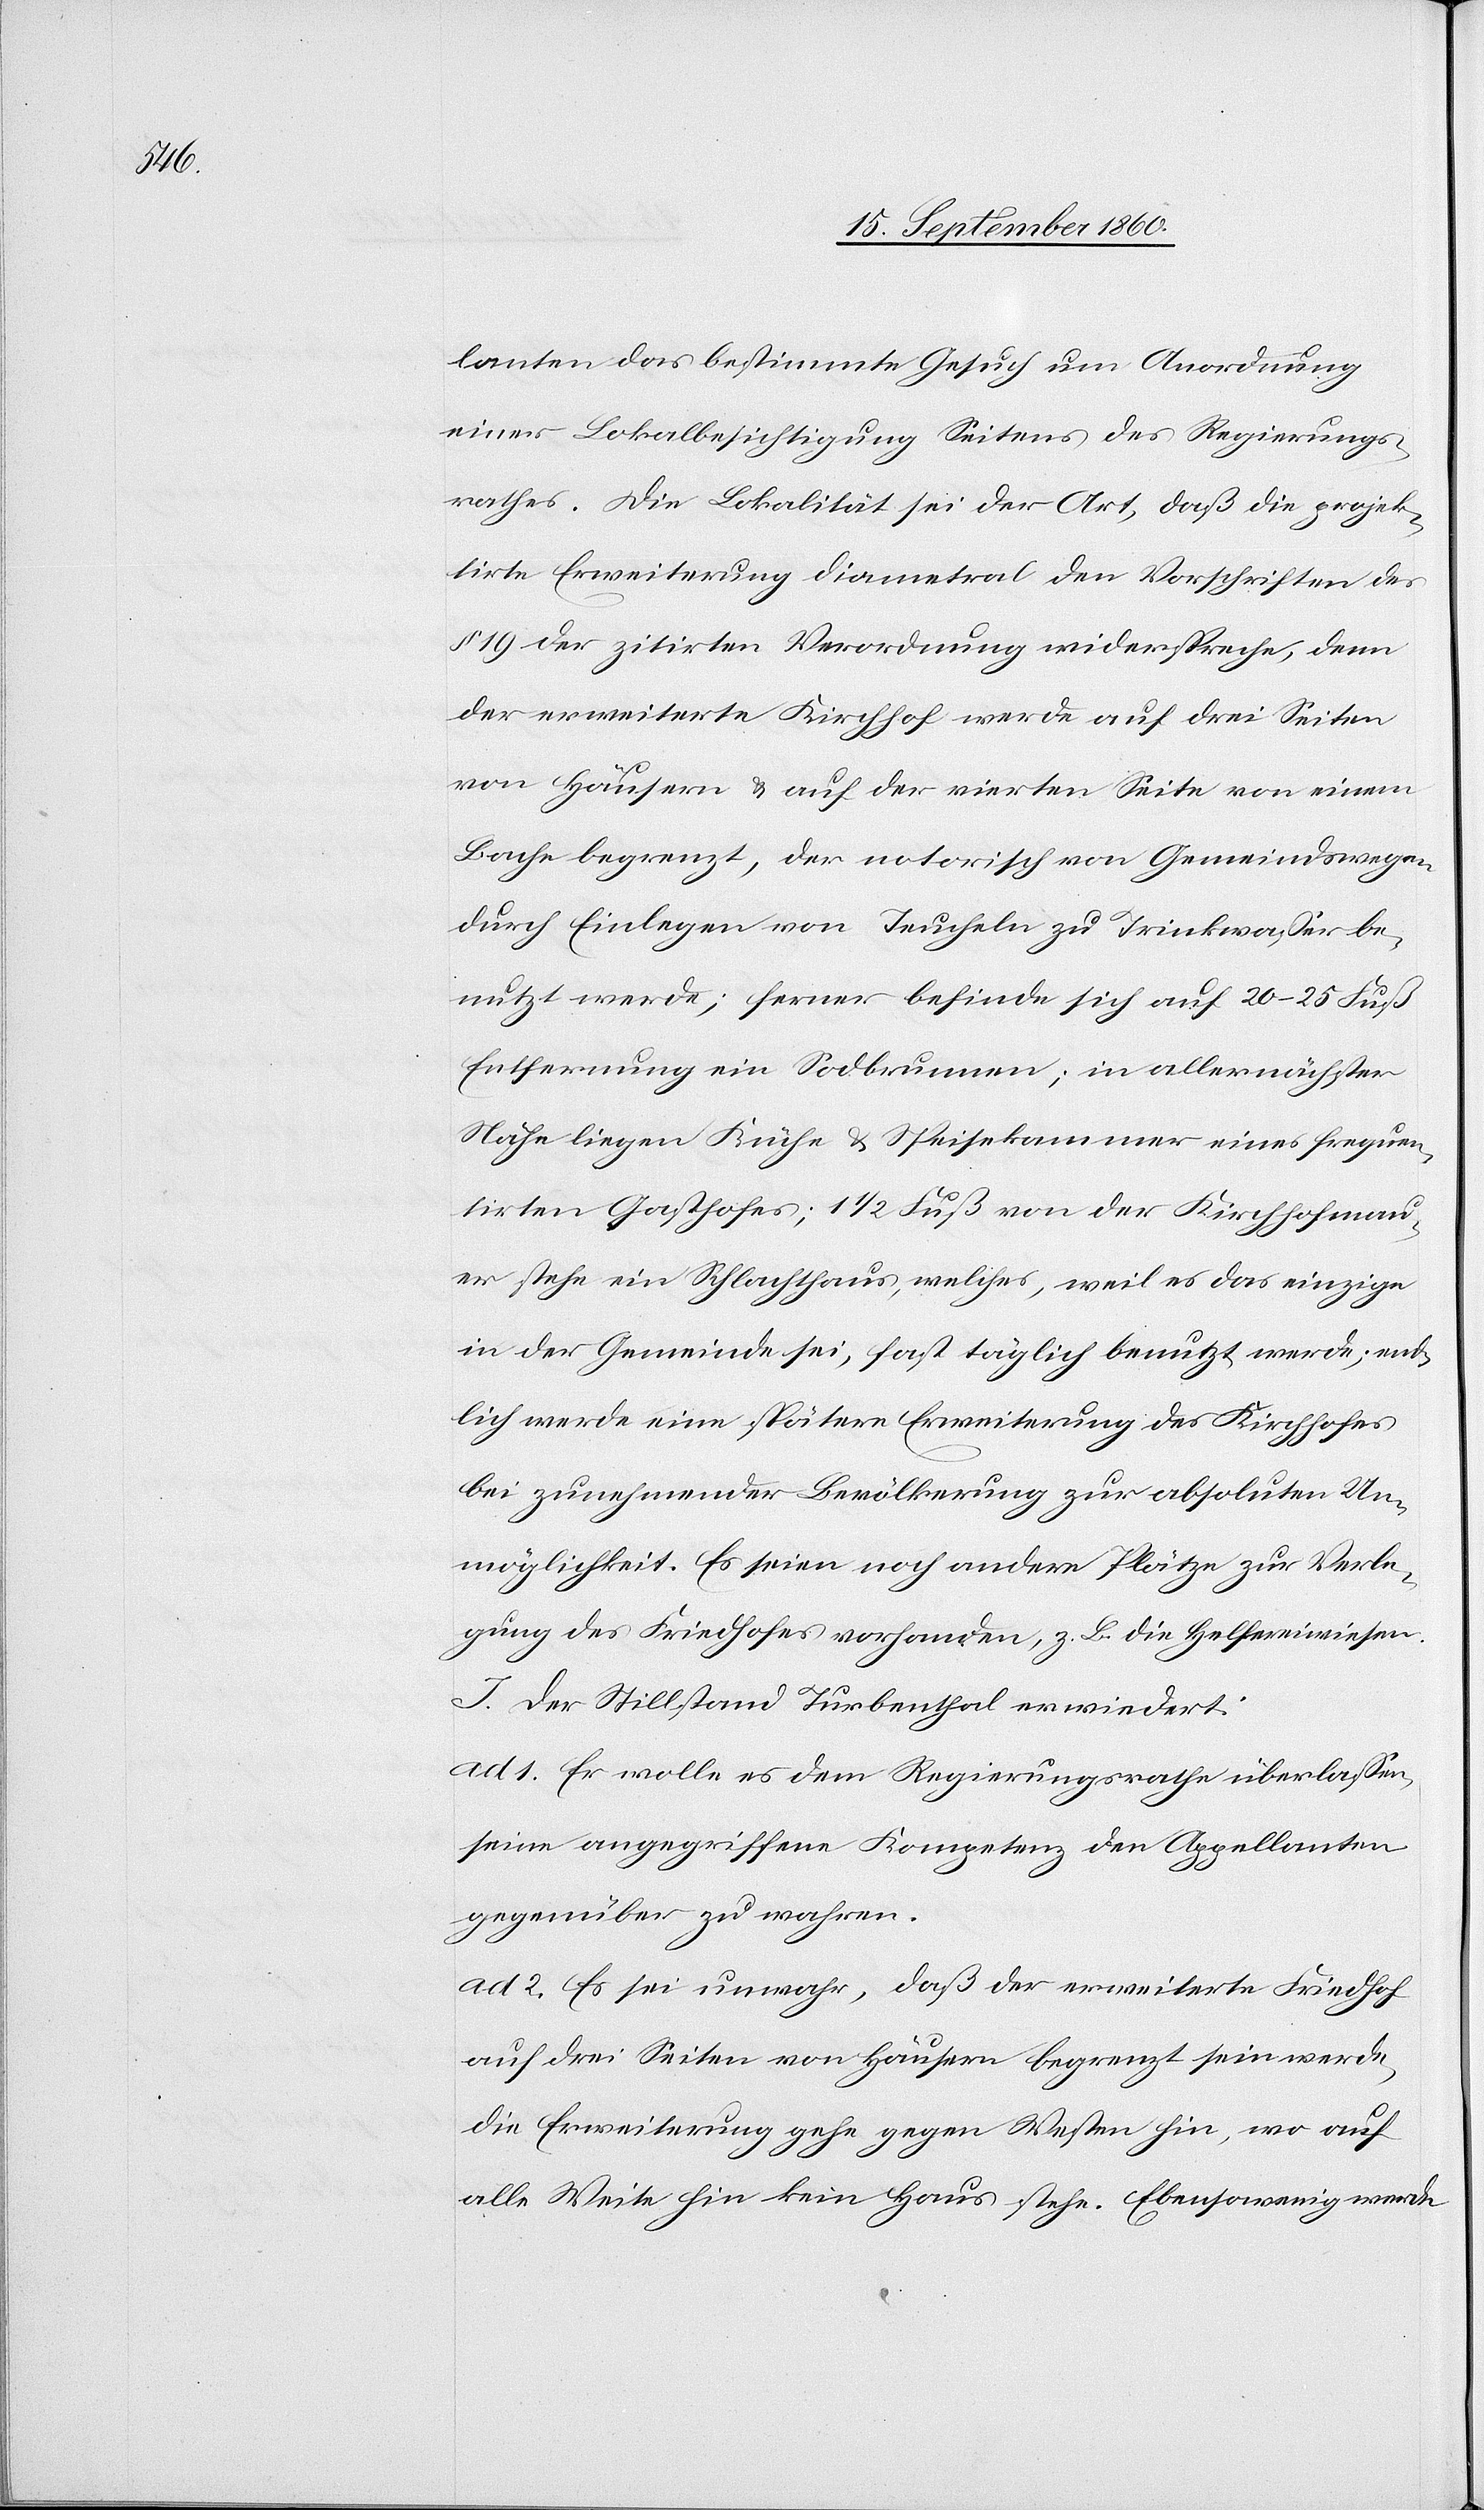
Appel¬

lanten das bestimmte Gesuch um Anordnung
einer Lokalbesichtigung Seitens des Regierungs¬
rathes. Die Lokalität sei der Art, dass die projek¬
tirte Erweiterung diametral der Vorschriften des
§. 19 der citirten Verordnung widerspreche, denn
der erweiterte Kirchhof werde auf der vierten
Bache begrenzt, der notorisch von Gemeindswegen
durch Einlegen von Teucheln zu Trinkwasser be¬
nutzt werde; ferner befinde sich auf 20–25 Fuss
Entfernung ein Sodbrunnen; in allernächster
Nähe liegen Küche u. Speisekammer eines frequen¬
tirten Gasthofes; 1 1/2 Fuss von der Kirchhofmau¬
er stehe ein Schlachthaus, welches, weil des das einzige
in der Gemeinde sei, fast täglich benutzt werde; end¬
lich werde eine spätere Erweiterung des Kirchhofes
bei zunehmender Bevölkerung zur absoluten Un¬
möglichkeit. Es seien noch andere Plätze zur Verle¬
gung des Friedhofes vorhanden z. B. die Helfereiwiesen.
I. Der Stillstand Turbenthal erwiedert:
ad. 1. Er wolle es dem Regierungsrathe überlassen,
seine angegriffene Competenz den Appellanten
gegenüber zu wahren.
ad. 2. Es sei unwahr, dass der erweiterte Friedhof
auf drei Seiten von Häusern begrenzt sein werde,
die Erweiterung gehe gegen Westen hin, wo auf
alle Weite hin kein Haus stehe. Ebenso wenig werde